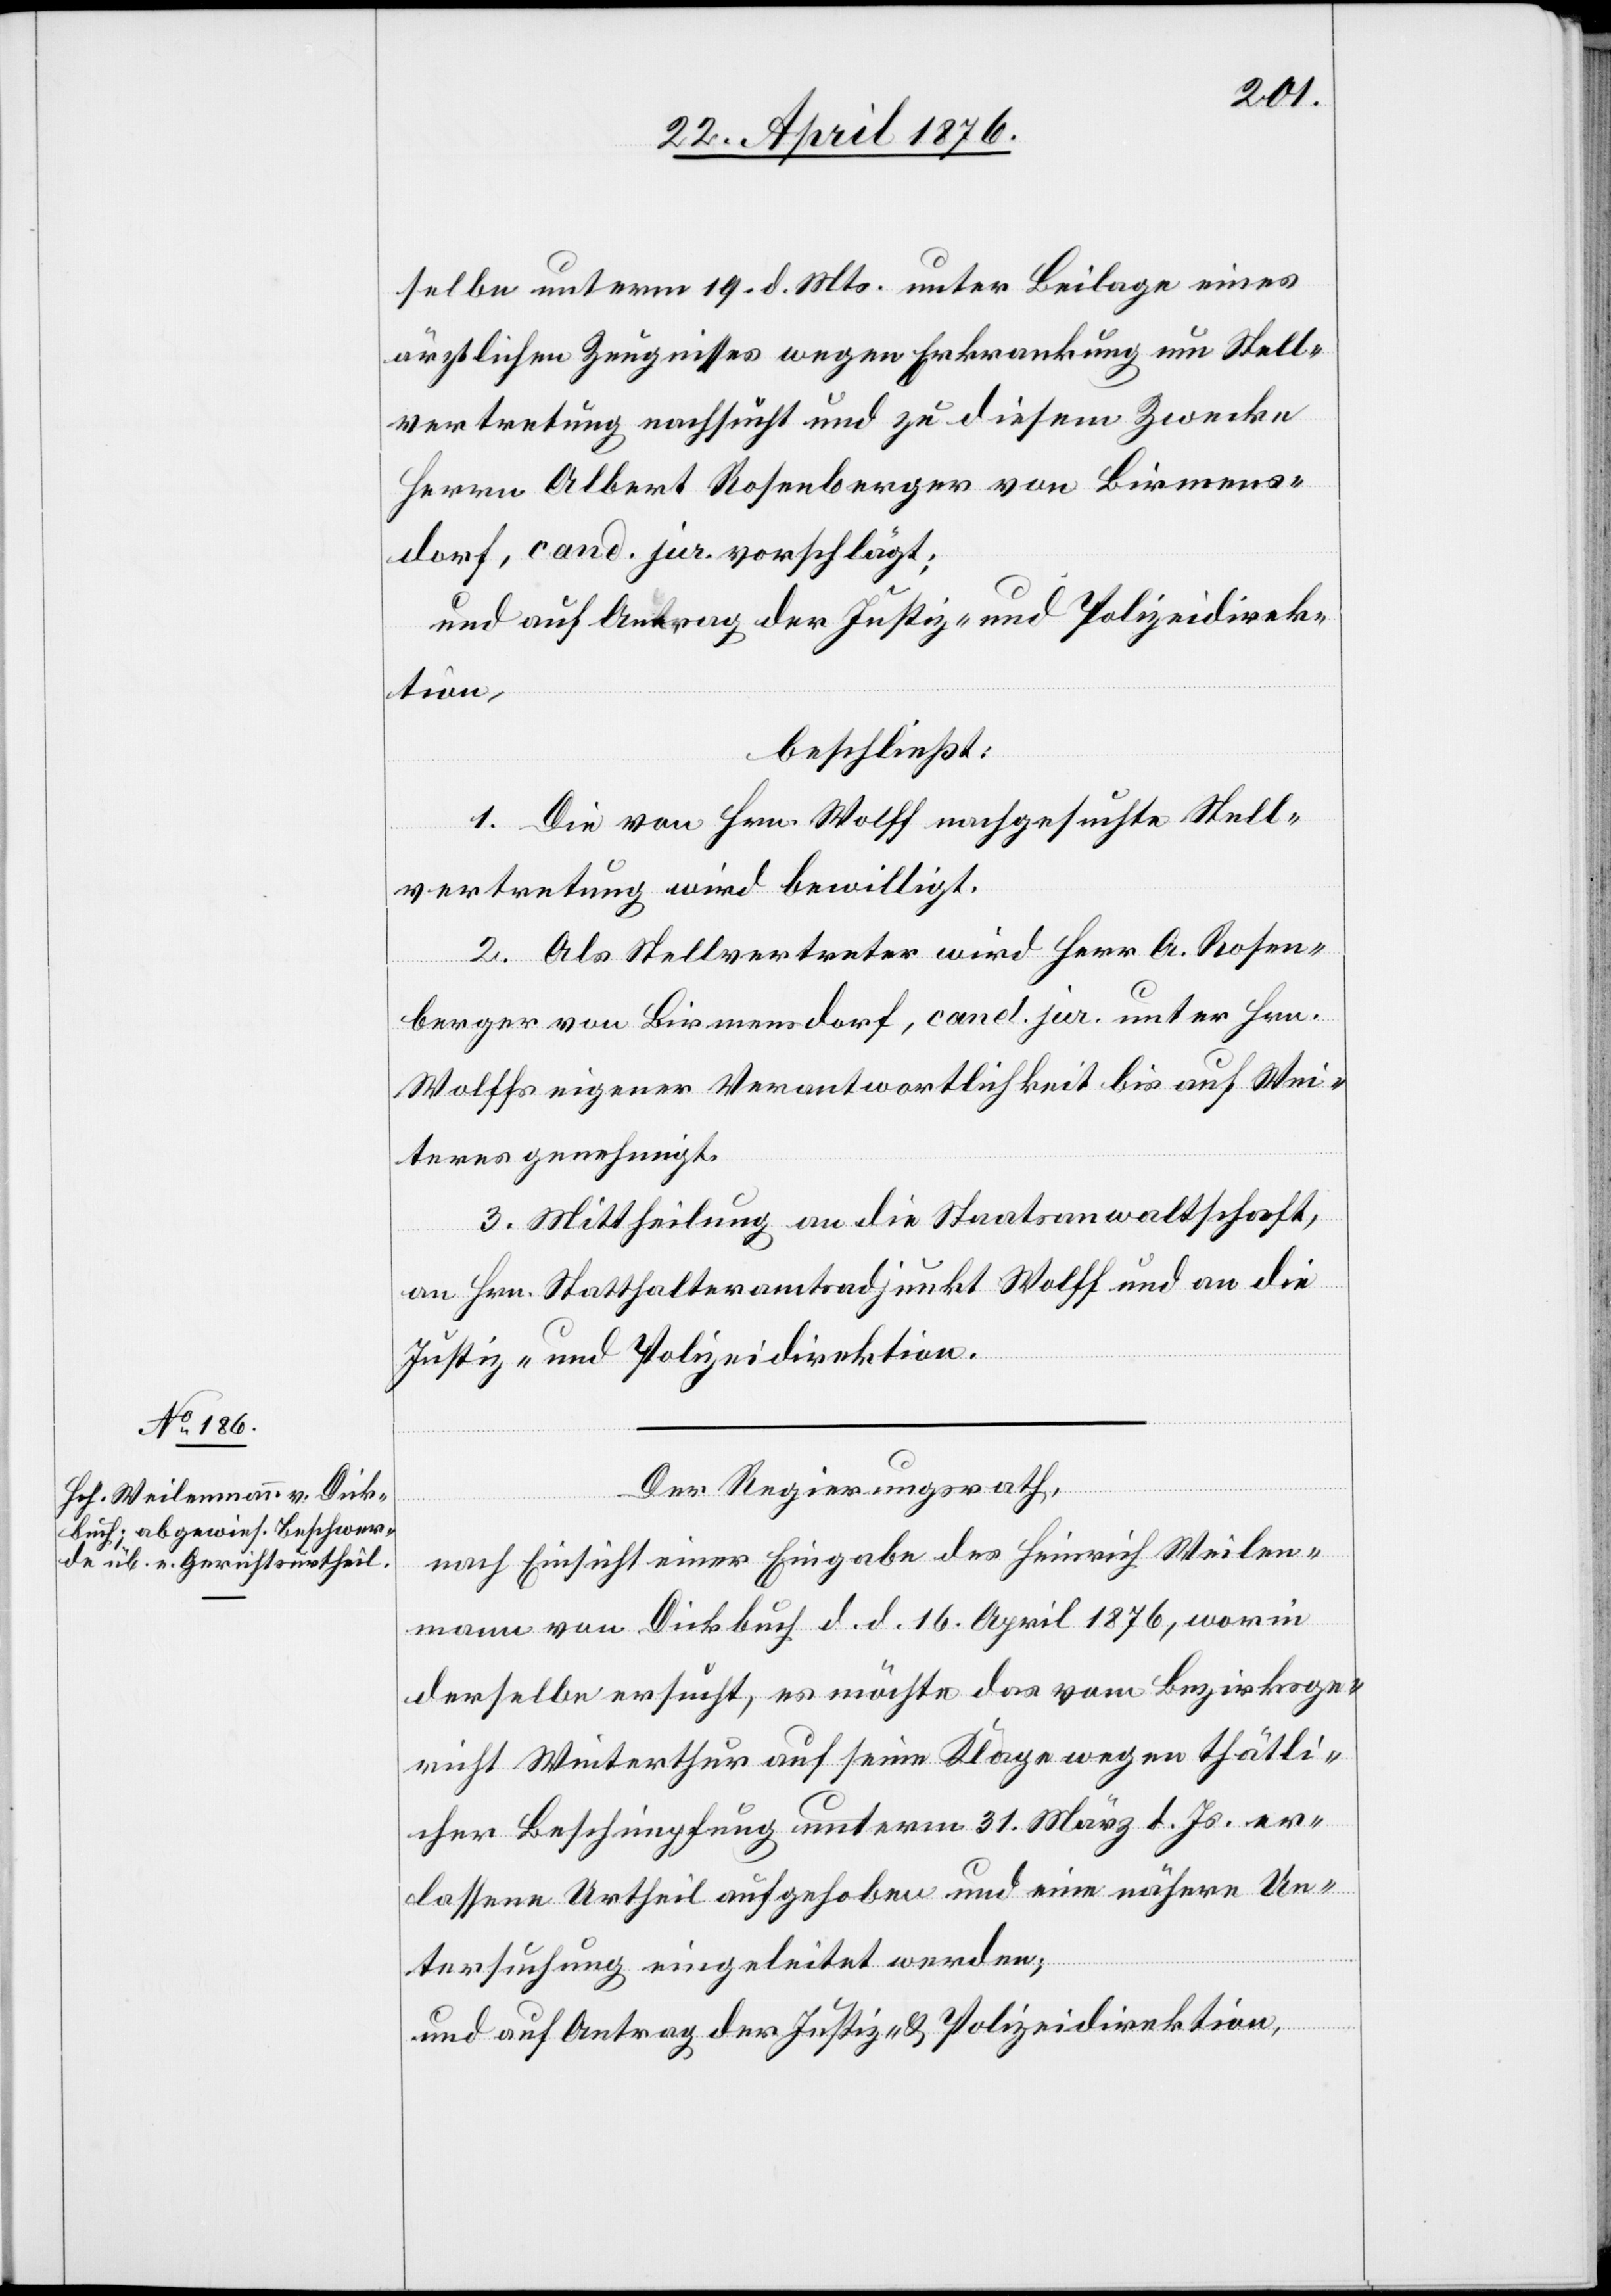
selbe unterm 19. d. Mts. unter Beilage eines
ärztlichen Zeugnisses wegen Erkrankung um Stell¬
vertretung nachsucht und zu diesem Zwecke
Herrn Albert Rosenberger von Birmens¬
dorf, cand. jur. vorschlägt;
und auf Antrag der Justiz- und Polizeidirek¬
tion,
beschließt:
1. Die von Hrn. Wolff nachgesuchte Stell¬
vertretung wird bewilligt.
2. Als Stellvertreter wird Herr A. Rosen¬
berger von Birmensdorf, cand. jur. unter Hrn.
Wolffs eigener Verantwortlichkeit bis auf Wei¬
teres genehmigt.
3. Mittheilung an die Staatsanwaltschaft,
an Hrn. Statthalteramtsadjunkt Wolff und an die
Justiz- und Polizeidirektion.
Der Regierungsrath,
nach Einsicht einer Eingabe des Heinrich Weilen¬
mann von Dickbuch d. d. 16. April 1876, worin
derselbe ersucht, es möchte das vom Bezirksge¬
richt Winterthur auf seine Klage wegen thätli¬
cher Beschimpfung unterm 31. März d. Js. er¬
lassene Urtheil aufgehoben und eine nähere Un¬
tersuchung eingeleitet werden;
und auf Antrag der Justiz- & Polizeidirektion,